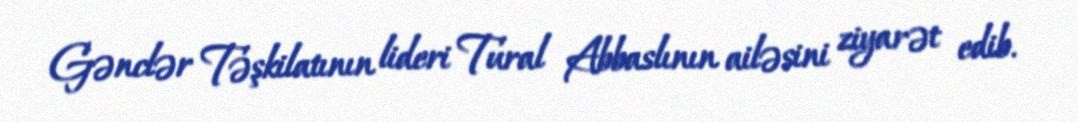
Gənclər Təşkilatının lideri Tural Abbaslının ailəsini ziyarət edib.